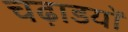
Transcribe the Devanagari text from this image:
चढ़ाडयों